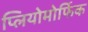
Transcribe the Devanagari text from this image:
प्लियोमोर्फिक